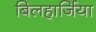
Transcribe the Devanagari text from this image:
बिलहार्जिया